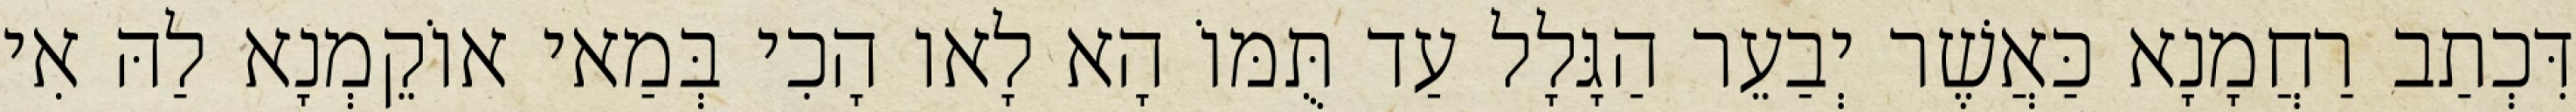
דִּכְתַב רַחֲמָנָא כַּאֲשֶׁר יְבַעֵר הַגָּלָל עַד תֻּמּוֹ הָא לָאו הָכִי בְּמַאי אוֹקֵמְנָא לַהּ אִי